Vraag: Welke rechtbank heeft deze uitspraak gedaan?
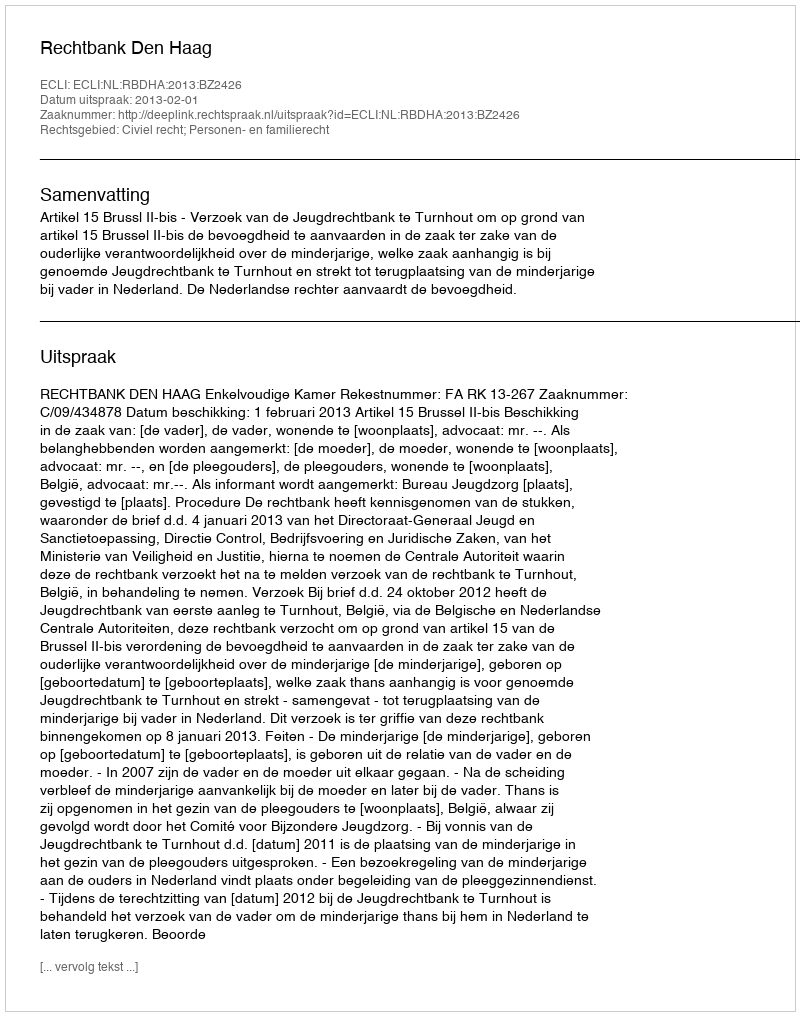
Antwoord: Rechtbank Den Haag